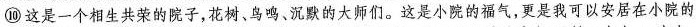
⑩ 这是一个相生共荣的院子，花树、鸟鸣、沉默的大师们。这是小院的福气，更是我可以安居在小院的